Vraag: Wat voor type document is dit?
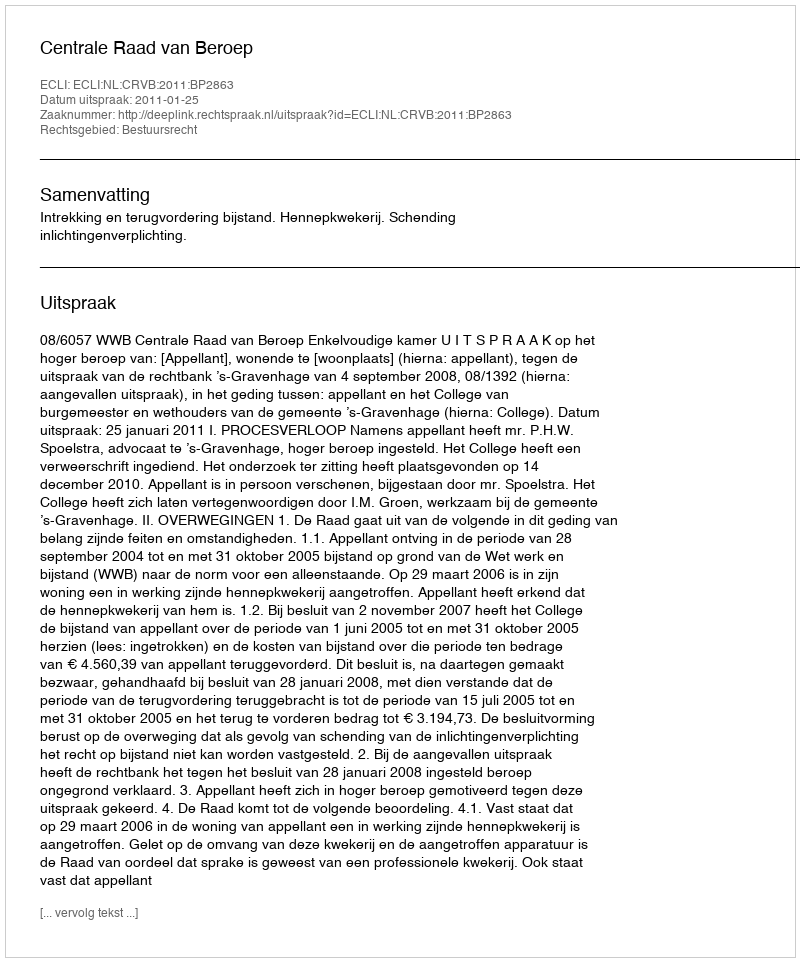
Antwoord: Uitspraak